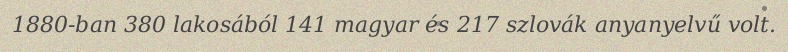
1880-ban 380 lakosából 141 magyar és 217 szlovák anyanyelvű volt.